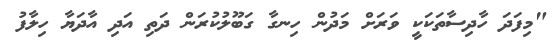
"މިފަދަ ހާދިސާތަކަކީ ވަރަށް މަދުން ހިނގާ ގަބޫލުކުރަން ދަތި އަދި އާދަޔާ ހިލާފު